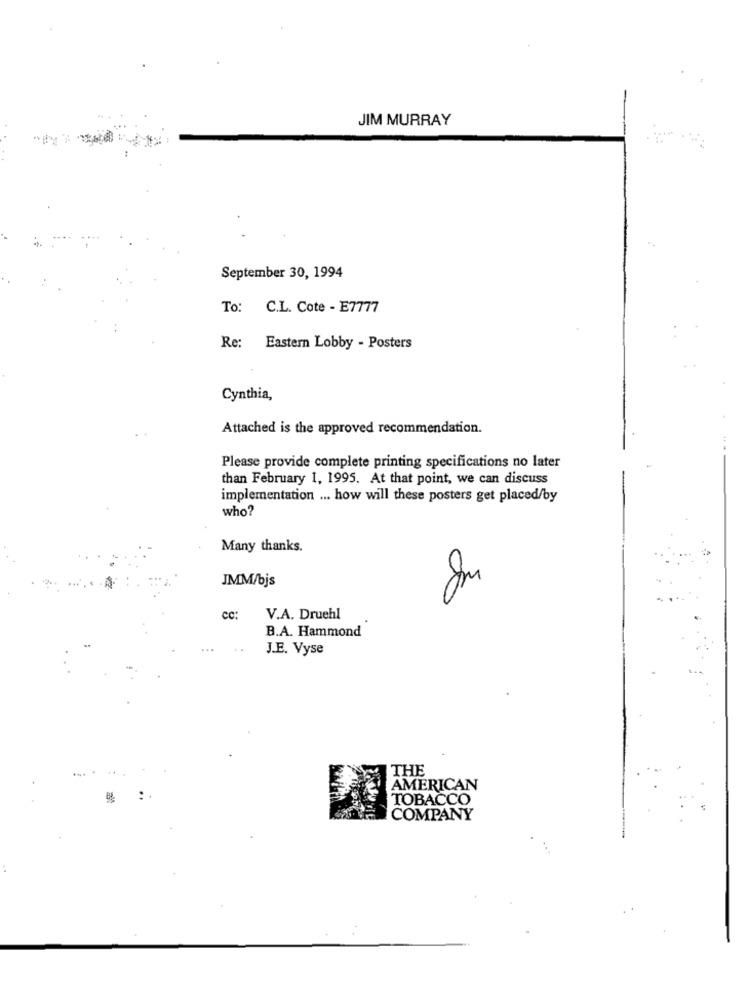
JIM MURRAY
September 30, 1994
To: C.L. Cote - E7777
Re: Eastern Lobby - Posters
Cynthia,
Attached is the approved recommendation.
Please provide complete printing specifications no later
than February 1, 1995. At that point, we can discuss
implementation ... how will these posters get placed/by
who?
Many thanks.
JMM/bjs
cc:
V.A. Druehl
B.A. Hammond
J.E. Vyse
THE
AMERICAN
TOBACCO
COMPANY